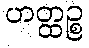
ဟတ္ထဉ္စ